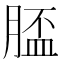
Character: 𦞑